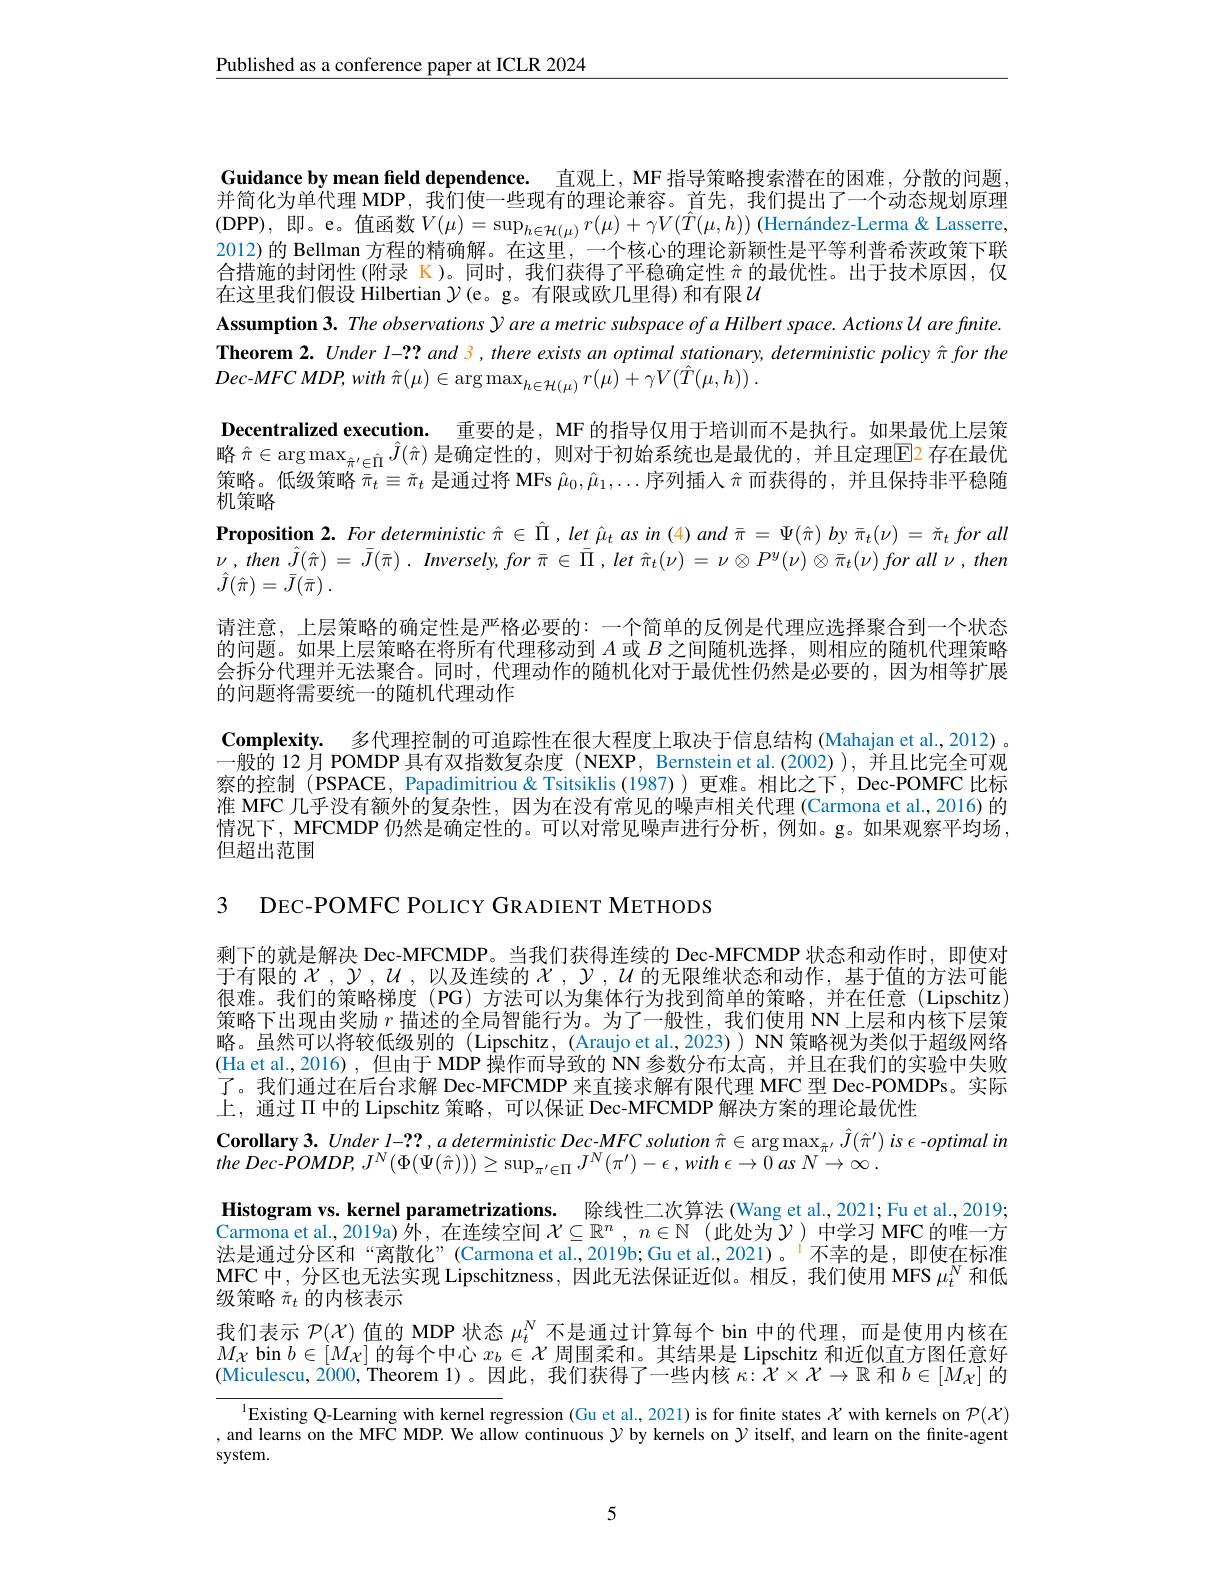
$\underline{\text{Published as a conference paper at ICLR 2024}}$

Guidance by mean field dependence. 直观上，MF 指导策略搜索潜在的困难，分散的问题， 并简化为单代理 MDP, 我们使一些现有的理论兼容。首先，我们提出了一个动态规划原理(DPP),即。e。值函数$V(\mu)=\sup_h\in\mathcal{H}(\mu)r(\mu)+\gamma V(\hat{T}(\mu,h))$ (Hernández-Lerma& Lasserre, 2012) 的 Bellman 方程的精确解。在这里，一个核心的理论新颖性是平等利普希茨政策下联合措施的封闭性(附录 K)。同时，我们获得了平稳确定性$\hat{\pi}$的最优性。出于技术原因，仅在这里我们假设 Hilbertian $\mathcal{Y}($e。g。有限或欧几里得)和有限$\mathcal{U}$
Assumption 3. The observations $\mathcal{Y}$ are a metric subspace of a Hilbert space. Actions U are finite. Theorem 2. Under l-?? and 3, there exists an optimal stationary, deterministic policy $\hat{\pi}$ for the $Dec- MFC$ $MDP$, with $\hat{\pi } ( \mu ) \in \arg \max _{h\in \mathcal{H} ( \mu ) }r( \mu ) + \gamma V( \hat{T} ( \mu , h) )$ .
Decentralized execution. 重要的是，MF 的指导仅用于培训而不是执行。如果最优上层策略$\hat{\pi}\in\arg\max_{\hat{\pi}^{\prime}\in\hat{\Pi}}\hat{J}(\hat{\pi})$ 是确定性的，则对于初始系统也是最优的，并且定理$\overline{\mathrm{E}}$2 存在最优策略。低级策略$\bar{\pi}_t\equiv\tilde{\pi}_t$是通过将 MFs $\hat{\mu}_0,\hat{\mu}_1,\ldots$序列插人$\hat{\pi}$而获得的，并且保持非平稳随机策略
$\textbf{Proposition 2. For deterministic }\hat{\pi } \in \bar{\Pi } , let\hat{\mu } _{t}asin( 4) and\bar{\pi } = \Psi ( \hat{\pi } ) by\bar{\pi } _{t}( \nu ) = \tilde{\pi } _{t}forall$ $\nu$ , then $\hat{J} ( \hat{\pi } )$ = $\bar{J} ( \bar{\pi } )$ . $Imversely$, for $\bar{\pi }$ $\in$ $\bar{\Pi }$ , let $\hat{\pi } _{t}( \nu )$ = $\nu \otimes P^{y}( \nu ) \otimes \bar{\pi } _{t}( \nu )$ for all $\nu$ , then $\hat{J} ( \hat{\pi } ) = \bar{J} ( \bar{\pi } )$ .
请注意，上层策略的确定性是严格必要的：一个简单的反例是代理应选择聚合到一个状态的问题。如果上层策略在将所有代理移动到$A$或$B$之间随机选择，则相应的随机代理策略会拆分代理并无法聚合。同时，代理动作的随机化对于最优性仍然是必要的，因为相等扩展的问题将需要统一的随机代理动作
Complexity. 多代理控制的可追踪性在很大程度上取决于信息结构 (Mahajan et al., 2012)。一般的 12 月 POMDP 具有双指数复杂度 (NEXP, Bernstein et al.(2002) ), 并且比完全可观察的控制 (PSPACE, Papadimitriou& Tsitsiklis (1987)) 更难。相比之下，Dec-POMFC 比标准 MFC 几乎没有额外的复杂性，因为在没有常见的噪声相关代理 (Carmona et al, 2016) 的情况下，MFCMDP 仍然是确定性的。可以对常见噪声进行分析，例如。g。如果观察平均场， 但超出范围

3 DEC-POMFC POLICY GRADIENT METHODS

剩下的就是解决 Dec-MFCMDP。当我们获得连续的 Dec-MFCMDP 状态和动作时，即使对于有限的$\chi,y,u$,以及连续的$\chi,\gamma,u$的无限维状态和动作，基于值的方法可能很难。我们的策略梯度(PG)方法可以为集体行为找到简单的策略，并在任意(Lipschitz) 策略下出现由奖励$r$描述的全局智能行为。为了一般性，我们使用 NN上层和内核下层策略。虽然可以将较低级别的 (Lipschitz, (Araujo et al., 2023)) NN 策略视为类似于超级网络(Ha et al.,2016) ,但由于 MDP 操作而导致的 NN 参数分布太高，并且在我们的实验中失败了。我们通过在后台求解 Dec-MFCMDP 来直接求解有限代理 MFC 型 Dec-POMDPs。实际上，通过$\Pi$ 中的 Lipschitz 策略，可以保证 Dec-MFCMDP 解决方案的理论最优性
Corollary 3. Under l-??, $a$ deterministic Dec-$MFC\textit{solution }\hat{\pi } \in \arg \max _{\hat{\pi } ^{\prime }}\hat{J} ( \hat{\pi } ^{\prime })$ is $\epsilon$ -optimal in
the $Dec- POMDP$, $J^{N}( \Phi ( \Psi ( \hat{\pi } ) ) ) \geq \sup _{\pi ^{\prime }\in \Pi }J^{N}( \pi ^{\prime }) - \epsilon , with$ $\epsilon \rightarrow 0$ $as$ $N\rightarrow \infty$ .
Histogram vs. kernel parametrizations. 除线性二次算法 (Wang et al., 2021; Fu et al., 2019; Carmona et al, 2019a) 外，在连续空间$\mathcal{X}\subseteq\mathbb{R}^n,n\in\mathbb{N}$ (此处为$\mathcal{Y})$中学习 MFC 的唯一方法是通过分区和“离散化”(Carmona et al.,2019b; Gu et al.,2021)。$^{1}$不幸的是，即使在标准MFC中，分区也无法实现 Lipschitzness,因此无法保证近似。相反，我们使用 MFS $\mu_t^{N}$和低级策略$\check{\pi}_t$的内核表示
我们表示$\mathcal{P}(X)$值的 MDP 状态$\mu_t^N$不是通过计算每个 bin 中的代理，而是使用内核在$M_{\mathcal{X}}$ bin $b\in[M_\mathcal{X}]$的每个中心$x_b\in\mathcal{X}$周围柔和。其结果是 Lipschitz 和近似直方图任意好(Miculescu,2000,Theorem 1)。因此，我们获得了一些内核$\kappa:\mathcal{X}\times\mathcal{X}\to\mathbb{R}$和$b\in[M_\mathcal{X}]$的
$^{\text{l}}$Existing Q-Learning with kernel regression (Gu et al, 2021) is for finite states $\mathcal{X}$ with kernels on $\mathcal{P}(\mathcal{X})$

, and learns on the MFC MDP. We allow continuous $y$ by kernels on $y$ itself, and learn on the finite-agent
system.

5